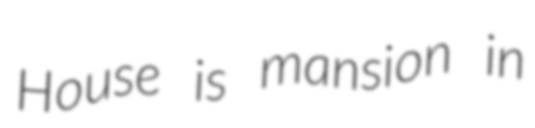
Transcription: House is mansion in